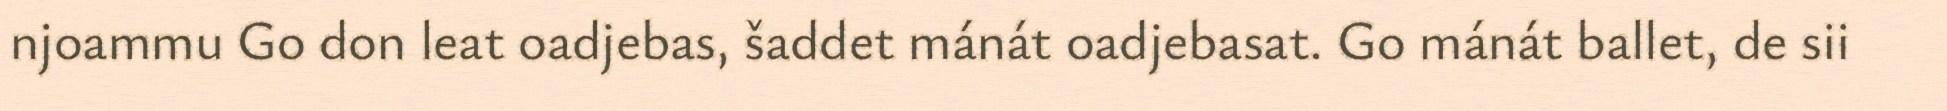
njoammu Go don leat oadjebas, šaddet mánát oadjebasat. Go mánát ballet, de sii